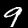
Digit: 9